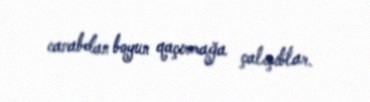
cavabdan boyun qaçırmağa çalışıblar.